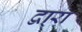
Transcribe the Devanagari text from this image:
द्वा्रा